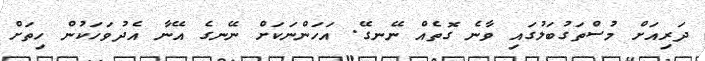
ދަރިއަށް މުސްތަގުބަލުގައި ވާނެ ގޮތެއް ނޭނގޭ. އަހަންނަކަށް ނޭނގެ އޭނާ އެދުވަހަކުން ހިތަށް